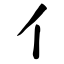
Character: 亻